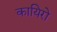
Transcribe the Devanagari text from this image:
कायिरो